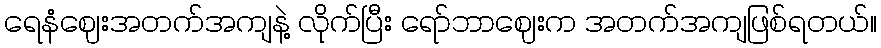
ရေနံဈေးအတက်အကျနဲ့ လိုက်ပြီး ရော်ဘာဈေးက အတက်အကျဖြစ်ရတယ်။